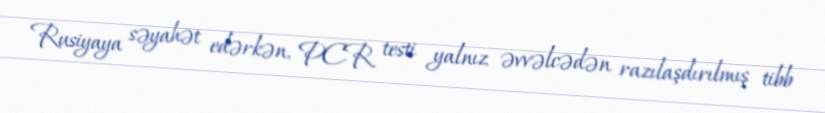
Rusiyaya səyahət edərkən, PCR testi yalnız əvvəlcədən razılaşdırılmış tibb